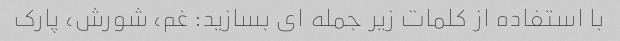
با استفاده از کلمات زیر جمله ای بسازید: غم، شورش، پارک